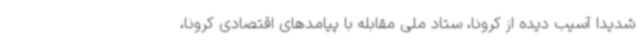
شدیدا آسیب دیده از کرونا، ستاد ملی مقابله با پیامدهای اقتصادی کرونا،